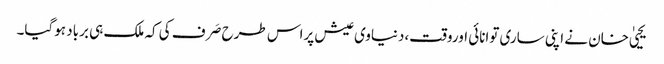
یحییٰ خان نے اپنی ساری توانائی اوروقت،دنیاوی عیش پراس طرح صَرف کی کہ ملک ہی برباد ہوگیا۔